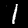
Label: 1